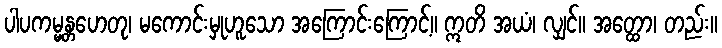
ပါပကမ္မန္တဟေတု၊ မကောင်းမှုဟူသော အကြောင်းကြောင့်။ ဣတိ အယံ၊ လျှင်။ အတ္ထော၊ တည်း။